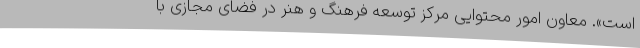
است». معاون امور محتوایی مرکز توسعه فرهنگ و هنر در فضای مجازی با